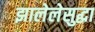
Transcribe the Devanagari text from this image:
झालेलेसुद्धा